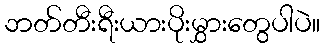
ဘတ်တီးရီးယားပိုးမွှားတွေပါပဲ။